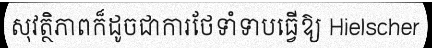
សុវត្ថិភាពក៏ដូចជាការថែទាំទាបធ្វើឱ្យ Hielscher